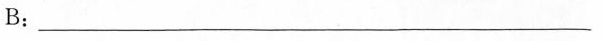
B:___